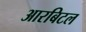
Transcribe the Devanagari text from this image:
आरबिटल